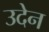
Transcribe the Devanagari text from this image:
उदेन